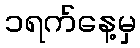
၁ရက်နေ့မှ